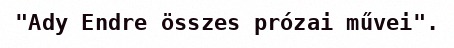
"Ady Endre összes prózai művei".